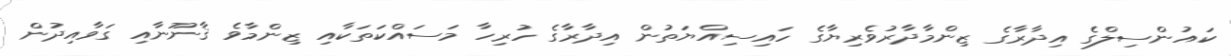
ކައުންސިލްގެ އިދާރާގެ ޒިންމާދާރުވެރިޔާގެ ހައިސިއްޔަތުން އިދާރާގެ ހުރިހާ މަސައްކަތަކާއި ޒިންމާވެ ޤާނޫނާއި ގަވާއިދުން